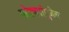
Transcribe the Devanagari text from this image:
वरेरकरांमुळेच